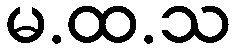
မ.ထ.သ